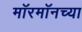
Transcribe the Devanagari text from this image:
मॉरमॉनच्या